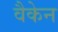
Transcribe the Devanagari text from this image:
वैकेन